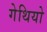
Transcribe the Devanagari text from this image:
गेथियो